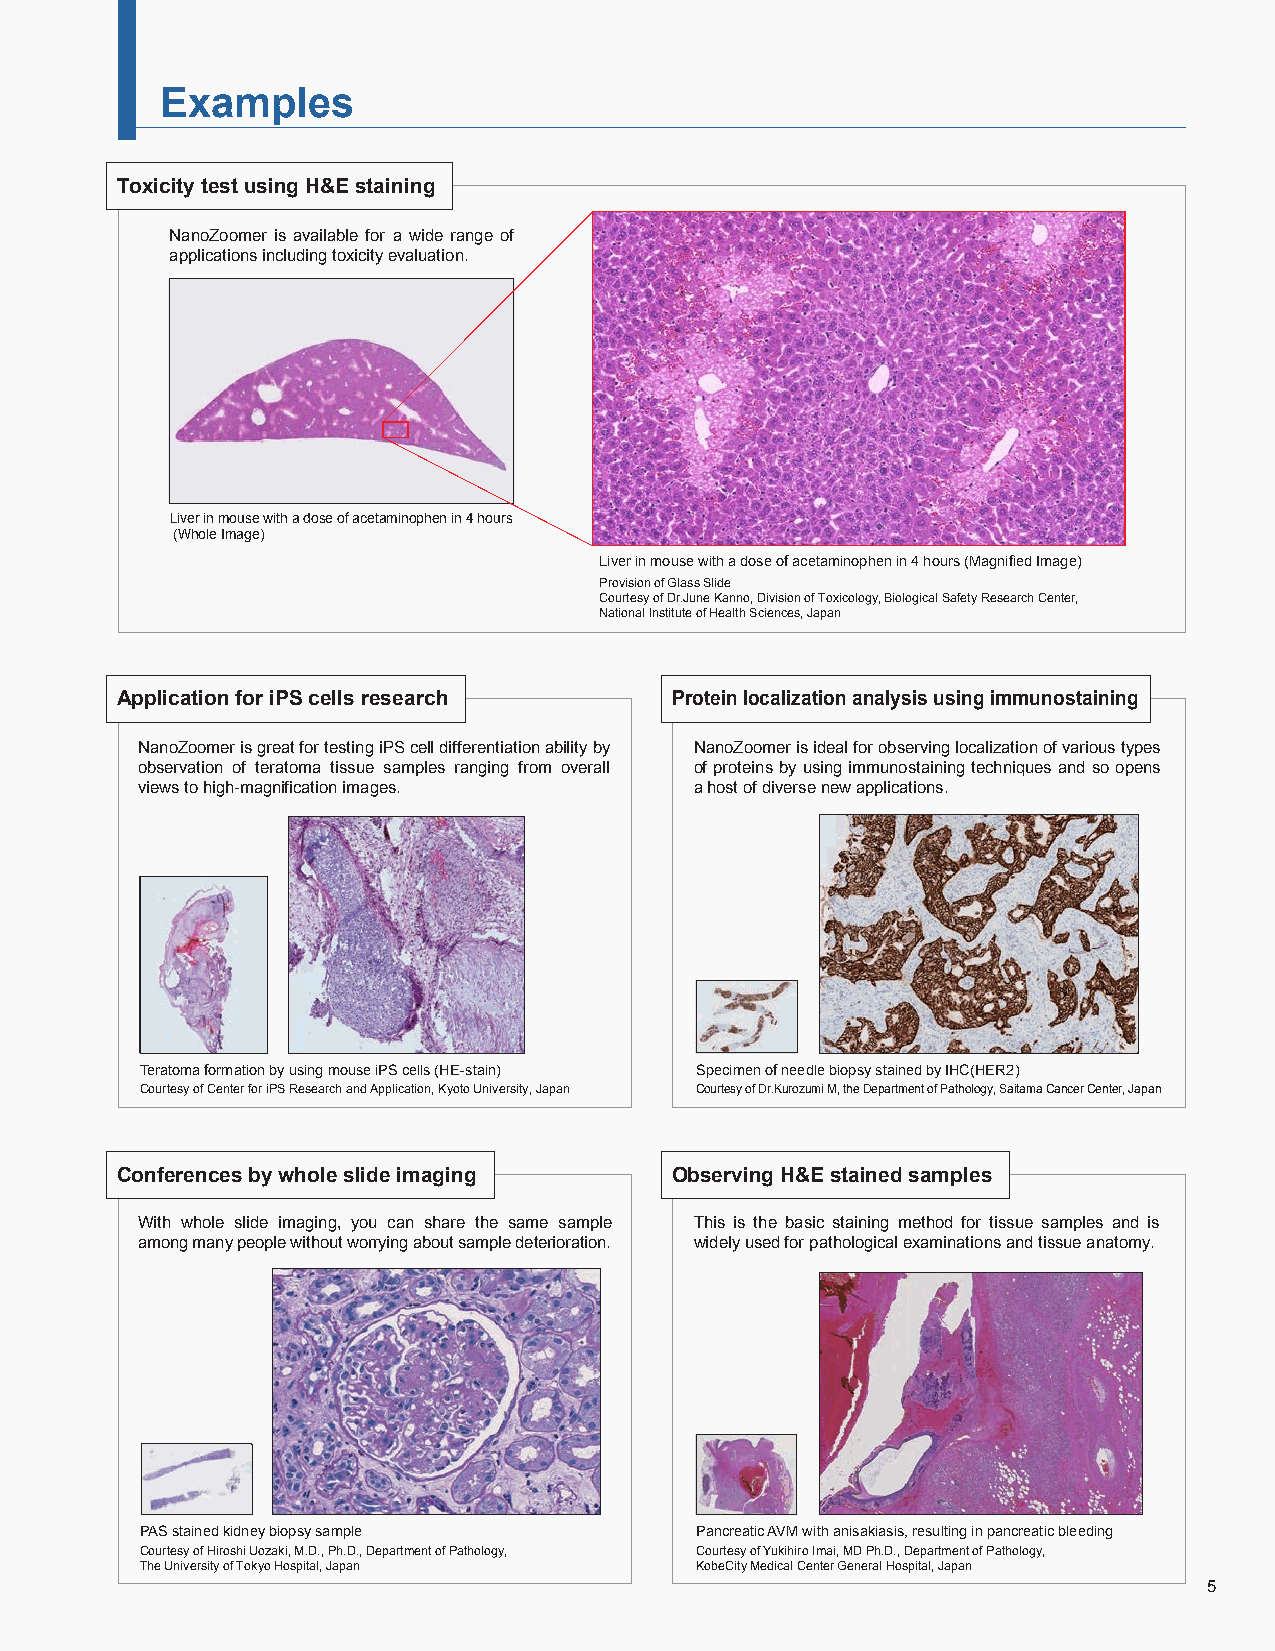
Examples
 Toxicity test using H&E staining
 NanoZoomer is available for a wide range of
 applications including toxicity evaluation.
 Liver in mouse with a dose of acetaminophen in 4 hours
 (Whole Image)
 Liver in mouse with a dose of acetaminophen in 4 hours (Magnified Image)
 Provision of Glass Slide
 Courtesy of Dr.June Kanno, Division of Toxicology, Biological Safety Research Center,
 National Institute of Health Sciences, Japan
 Application for iPS cells research  Protein localization analysis using immunostaining
 NanoZoomer is great for testing iPS cell differentiation ability by NanoZoomer is ideal for observing localization of various types
 observation of teratoma tissue samples ranging from overall of proteins by using immunostaining techniques and so opens
 views to high-magnification images.  a host of diverse new applications.
 Teratoma formation by using mouse iPS cells (HE-stain) Specimen of needle biopsy stained by IHC(HER2)
 Courtesy of Center for iPS Research and Application, Kyoto University, Japan Courtesy of Dr.Kurozumi M, the Department of Pathology, Saitama Cancer Center, Japan
 Conferences by whole slide imaging  Observing H&E stained samples
 With whole slide imaging, you can share the same sample This is the basic staining method for tissue samples and is
 among many people without worrying about sample deterioration. widely used for pathological examinations and tissue anatomy.
 PAS stained kidney biopsy sample     Pancreatic AVM with anisakiasis, resulting in pancreatic bleeding
 Courtesy of Hiroshi Uozaki, M.D., Ph.D., Department of Pathology, Courtesy of Yukihiro Imai, MD Ph.D., Department of Pathology,
 The University of Tokyo Hospital, Japan KobeCity Medical Center General Hospital, Japan
 5